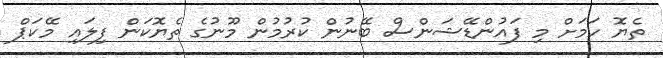
ތެޔޮ ހަމަށް މި ފައުންޑޭޝަންސް ބޭނުން ކުރުމުން މޫނުގެ ތެޔޮކަން ފިލައި މޭކަޕް